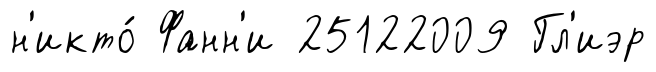
н'икто́ Фанн'и 25122009 Гл'иэр